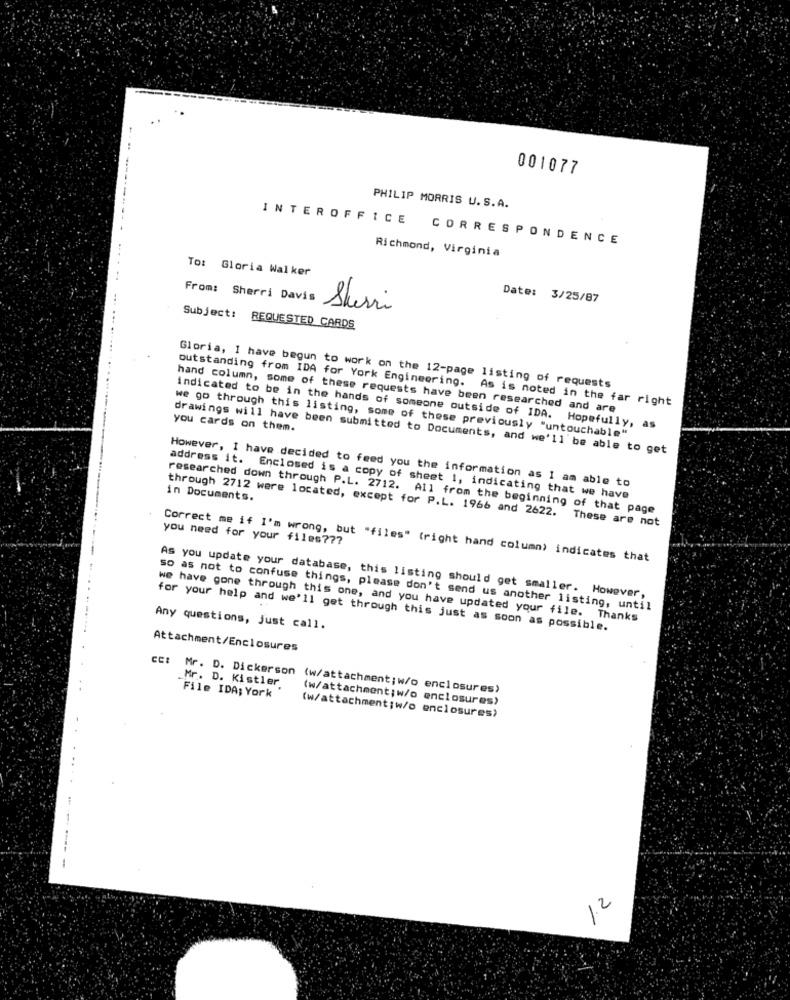
001077
-------
PHILIP MORRIS U.S.A.
INTEROFFICE CORRESPONDENCE
Richmond, Virginia
To: Gloria Walker
From: Sherri Davis
Date: 3/25/87
Sherri
Subject:
REQUESTED CARDS
outstanding from IDA for York Engineering.
Gloria, I have begun to work on the 12-page listing of requests
As is noted in the far right
hand column, some of these requests have been researched and are
you cards on them.
indicated to be in the hands of someone outside of IDA. Hopefully, as
we go through this listing, some of these previously "untouchable"
drawings will have been submitted to Documents, and we'll be able to get
However, I have decided to feed you the information as I am able to
address it. Enclosed is a copy of sheet 1, indicating that we have
in Documents.
researched down through P.L. 2712. All from the beginning of that page
through 2712 were located, except for P.L. 1966 and 2622. These are not
you need for your files ???
Correct me if I'm wrong, but "files" (right hand column) indicates that
As you update your database, this listing should get smaller. However,
so as not to confuse things, please don't send us another listing, until
we have gone through this one, and you have updated your file. Thanks
Any questions, just call.
for your help and we'll get through this just as soon as possible.
Attachment/Enclosures
Mr. D. Kistler.
Mr. D. Dickerson (w/attachment; w/o enclosures)
File IDA; York
(w/attachment; w/o enclosures)
(w/attachment;w/o enclosures)
1.2